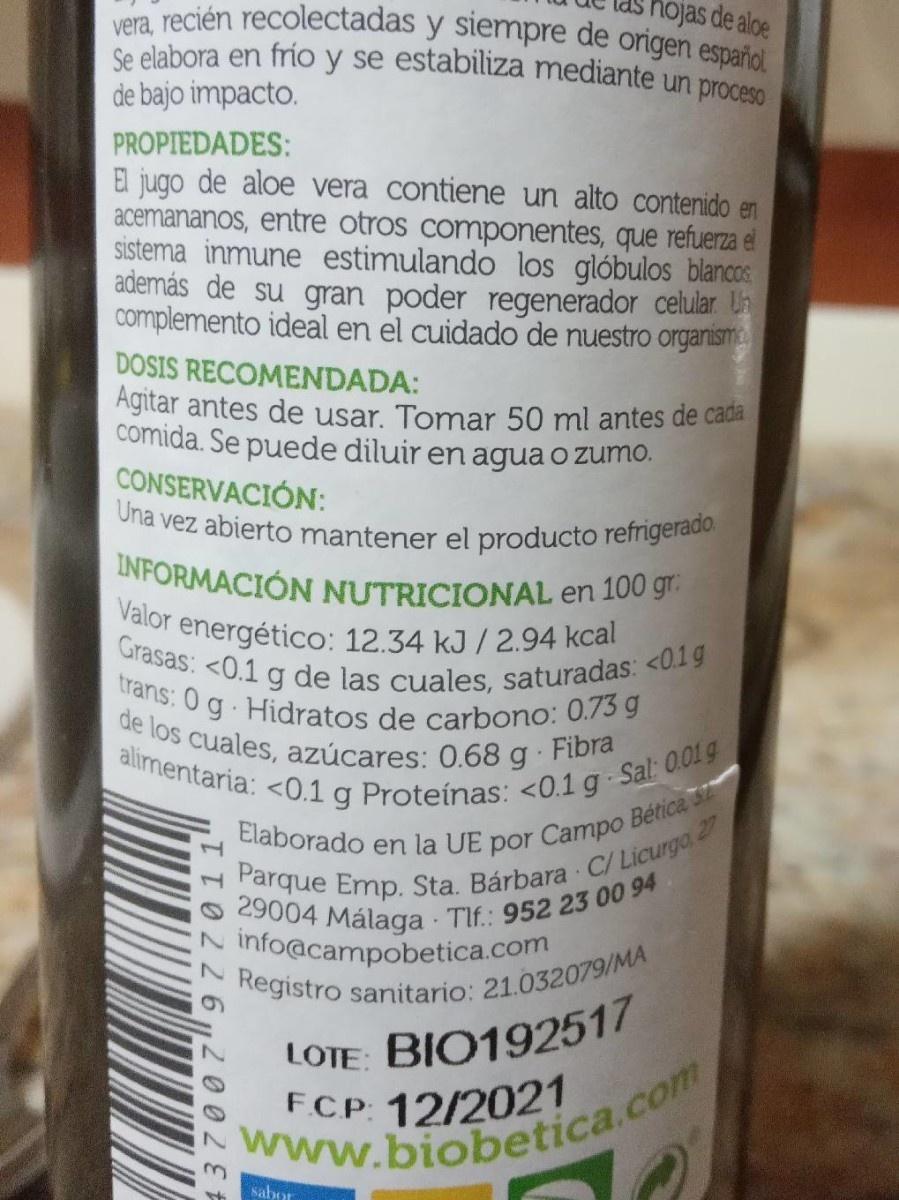
hojas de aloe
vera, recién recolectadas y siempre de origen español Se elabora en frio y se estabiliza mediante un proceso de bajo impacto.
PROPIEDADES: El jugo de aloe vera contiene un alto contenido en acemananos, entre otros componentes, que refuerza el sistema inmune estimulando los glóbulos blancos además de su gran poder regenerador celular. h complemento ideal en el cuidado de nuestro orgaismo
DOSIS RECOMENDADA:
Agitar antes de usar. Tomar 50 ml antes de caba comida. Se puede diluir en agua o zumo. CONSERVACIÓN: Una vez abierto mantener el producto refrigerado INFORMACIÓN NUTRICIONAL en 100 gr. Valor energético: 12.34 kJ / 2.94 kcal
Grasas: <0.1 g de las cuales, saturadas: <0.1g
trans: 0 g Hidratos de carbono: 0.73 g de los cuales, azúcares: 0.68 g Fibra
alimentaria: <0.1 g Proteínas: <0.1 g Sal 001g
Elaborado en la UE por Campo Bética
1.
, 29004 Málaga Tlf.: 952 23 00 94. info@campobetica.com
Parque Emp. Sta. Bárbara C/ Licurgo 27
N Registro sanitario: 21.032079/MA
LOTE:
BIO192517
www.biobetica.com
3. Nabor
6 |2 0 02